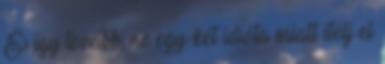
És így tovább, ne egy-két idióta miatt ítélj el